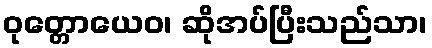
ဝုတ္တောယေဝ၊ ဆိုအပ်ပြီးသည်သာ၊